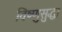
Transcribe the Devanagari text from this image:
विष्णुसुद्धा